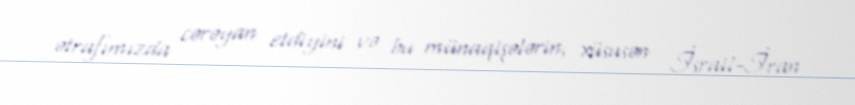
ətrafımızda cərəyan etdiyini və bu münaqişələrin, xüsusən İsrail-İran